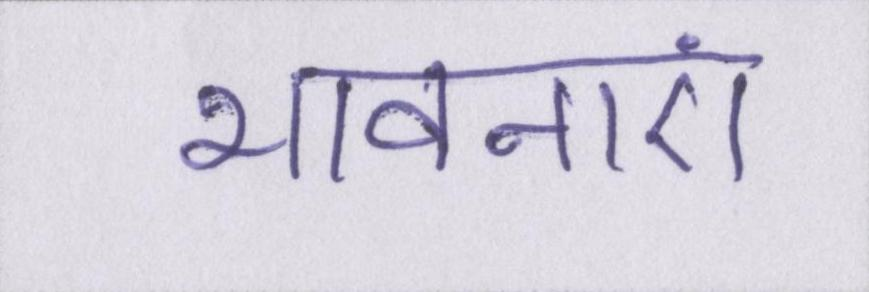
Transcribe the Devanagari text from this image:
भावनाएं